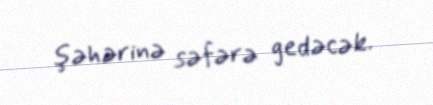
şəhərinə səfərə gedəcək.